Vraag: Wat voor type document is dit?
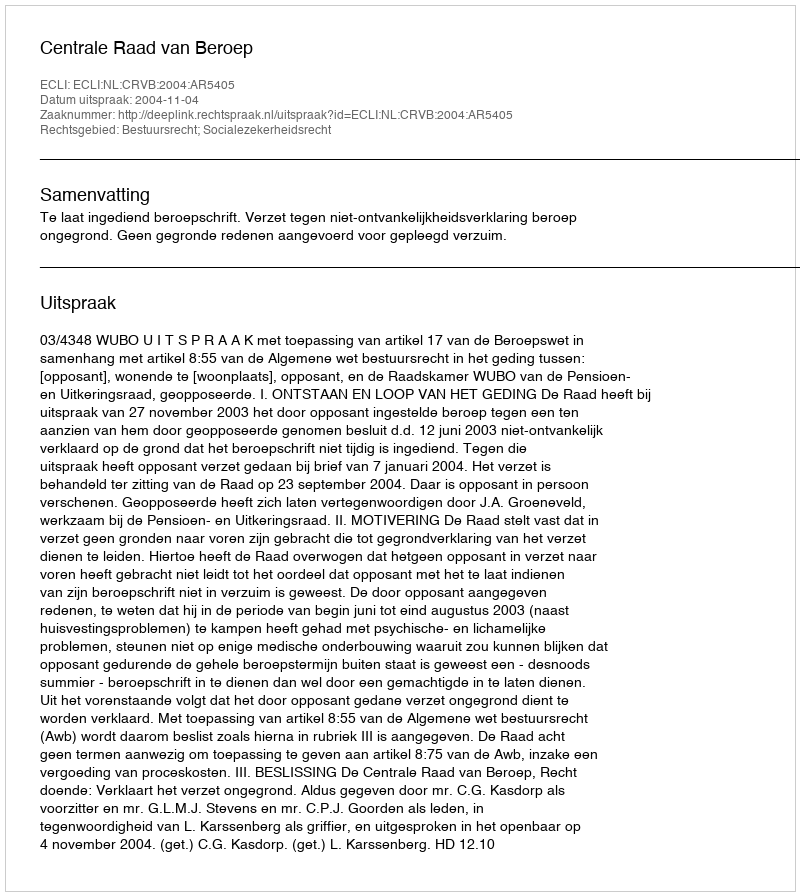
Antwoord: Uitspraak